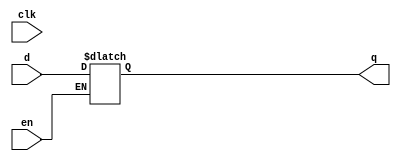
module latchp (
    input d,
    clk,
    en,
    output reg q
);
  initial q <= 1'b0;
  always @* if (en) q <= d;
endmodule